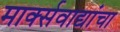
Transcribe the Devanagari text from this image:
मार्क्सवाद्यांचा